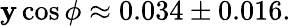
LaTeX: \mathbf{y}\cos\phi\approx0.034\pm0.016.